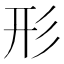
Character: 形